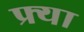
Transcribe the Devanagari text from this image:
फ्र्या